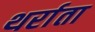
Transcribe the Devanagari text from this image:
थर्राता